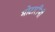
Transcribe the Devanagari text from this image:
मोटारींनी